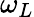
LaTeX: \omega_{L}